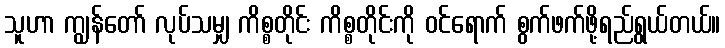
သူဟာ ကျွန်တော် လုပ်သမျှ ကိစ္စတိုင်း ကိစ္စတိုင်းကို ဝင်ရောက် စွက်ဖက်ဖို့ရည်ရွယ်တယ်။